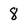
Character: 8